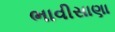
ભાવીસાણા